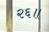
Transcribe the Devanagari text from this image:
२६॥